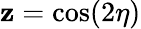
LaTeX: \mathbf{z}=\cos(2\eta)